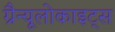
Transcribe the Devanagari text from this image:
ग्रैन्यूलोकाइट्स